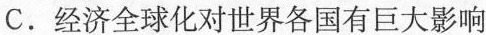
C.经济全球化对世界各国有巨大影响